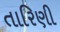
તારિણી